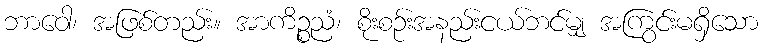
ဘာဝေါ၊ အဖြစ်တည်း။ အာကိဉ္စညံ၊ စိုးစဉ်းအနည်းငယ်ဘင်မျှ အကြွင်းမရှိသော